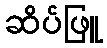
ဆိပ်ဖြူ